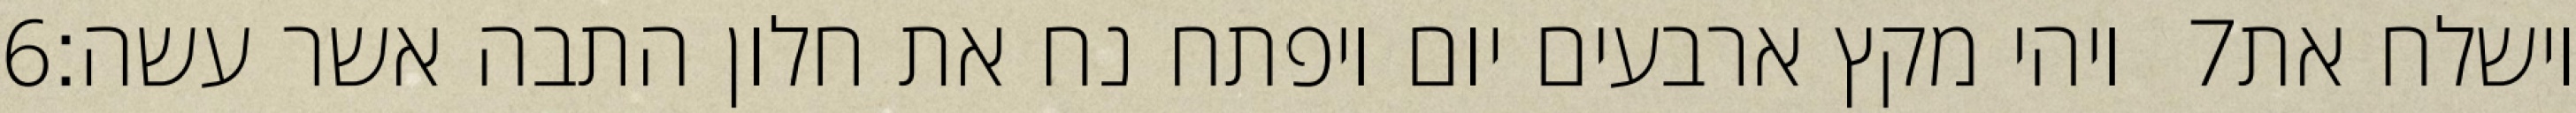
‎6‏ ויהי מקץ ארבעים יום ויפתח נח את חלון התבה אשר עשה׃ ‎7‏ וישלח את